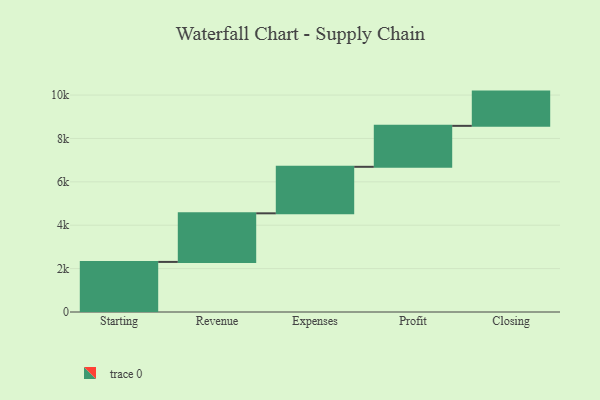
{"axis": {"x": "Step", "y": "Value"}, "legend": [""], "data": [{"x": "Starting", "y": 2309.0, "type": ""}, {"x": "Revenue", "y": 2240.0, "type": ""}, {"x": "Expenses", "y": 2144.0, "type": ""}, {"x": "Profit", "y": 1888.0, "type": ""}, {"x": "Closing", "y": 1579.0, "type": ""}]}